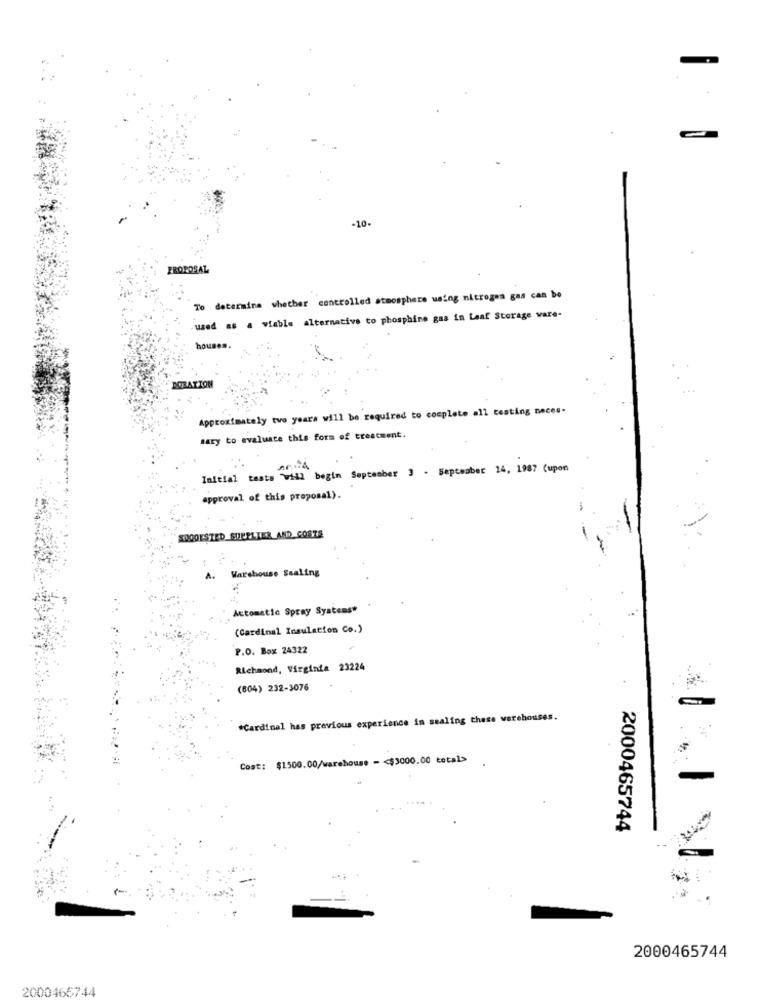
-10.
PROPOSAL
To determine whether controlled atmosphere using nitrogen gas can be
used as a viable alternative to phosphine gas in Leaf Storage ware-
houses.
PORATION
Approximately two years will be required to complete all testing neces-
mary to evaluate this form of treatment.
Initial tests will begin September 3 . September 14, 1987 (upon
approval of this proposal).
WOOOESTED_SUPPLIER AND COSTS
Warehouse Sealing
Automatic Spray Systems#
(Cardinal Insulation Co.)
P.O. Box 24322
Richmond, Virginia 23224
(804) 232-3076
.Cardinal has previous experience in sealing these werehouses.
Cost: $1500.00/warehouse - < $3000.00 total>
2000465744
1
2000465744
2000466744